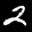
Label: 2